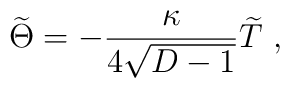
{\widetilde\Theta}=-{\kappa\over {4\sqrt{D-1}}}{\widetilde T}~,